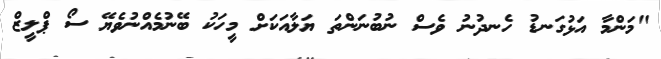
"މަންމާ އަޅުގަނޑު ހެނދުނު ވެސް ނުބުނަންތަ ޔަލާއަކަށް މީހަކު ބޭނުމެއްނުވެޔޭ ސޯ ޕްލީޒް